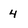
Character: 4